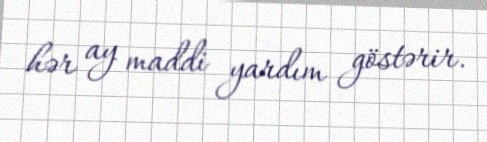
hər ay maddi yardım göstərir.